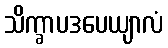
သိက္ခာပဒပေယျာလံ